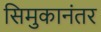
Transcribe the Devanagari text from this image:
सिमुकानंतर